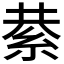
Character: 𮈍